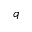
q